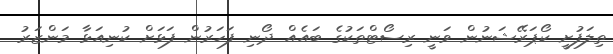
ތިލަފުށީ ކޯޕަރޭޝަނުން ވަނީ ރިސޯޓްތަކުގެ ބައެއް ދޯނި ފަހަރުން ފަޅަށް ކުނިއަޅާ މަންޒަރު